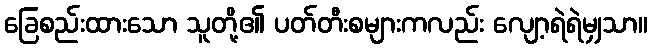
ခြေစည်းထားသော သူတို့၏ ပတ်တီးစများကလည်း လျော့ရဲရဲမျှသာ။